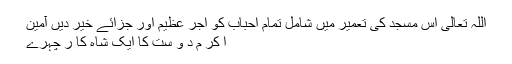
اللہ تعالی اس مسجد کی تعمیر میں شامل تمام احباب کو اجر عظیم اور جزائے خیر دیں آمین
ا کر م د و ست کا ایک شاہ کا ر چہرے